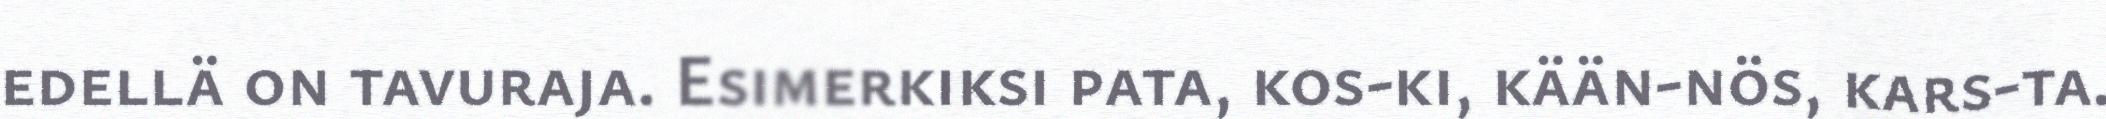
edellä on tavuraja. Esimerkiksi pata, kos-ki, kään-nös, kars-ta.